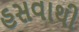
હસવાથી